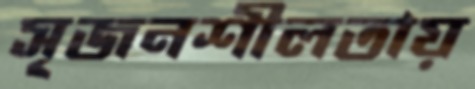
সৃজনশীলতায়